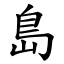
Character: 島